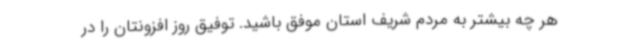
هر چه بیشتر به مردم شریف استان موفق باشید. توفیق روز افزونتان را در